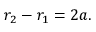
r _ { 2 } - r _ { 1 } = 2 a . \,